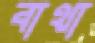
বাথা